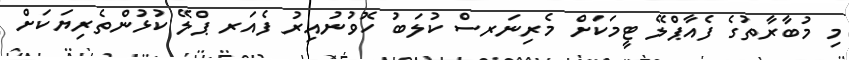
މި މުބާރާތުގެ ފެއާޕްލޭ ޓީމަކަށް މެރިނަރސް ކުލަބު ހޮވުނުއިރު ފެއަރ ޕްލޭ ކުޅުންތެރިޔަކަށް